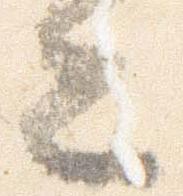
士